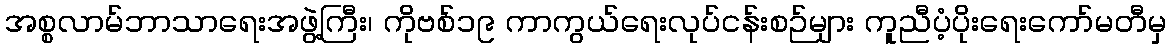
အစ္စလာမ်ဘာသာရေးအဖွဲ့ကြီး၊ ကိုဗစ်၁၉ ကာကွယ်ရေးလုပ်ငန်းစဉ်များ ကူညီပံ့ပိုးရေးကော်မတီမှ